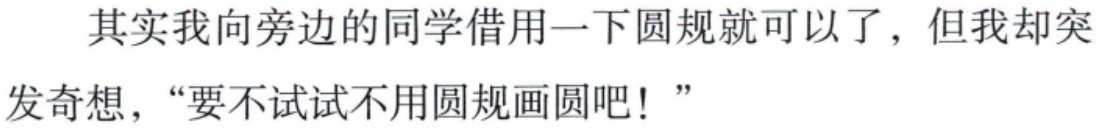
其实我向旁边的同学借用一下圆规就可以了，但我却突发奇想，“要不试试不用圆规画圆吧！”